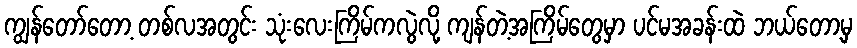
ကျွန်တော်တော့ တစ်လအတွင်း သုံးလေးကြိမ်ကလွဲလို့ ကျန်တဲ့အကြိမ်တွေမှာ ပင်မအခန်းထဲ ဘယ်တော့မှ